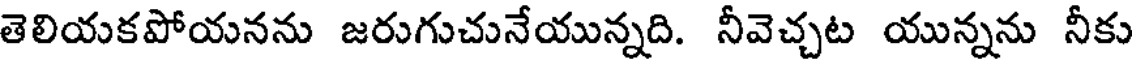
తెలియకపోయనను జరుగుచునేయున్నది. నీవెచ్చట యున్నను నీకు